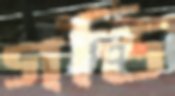
গন্ডি